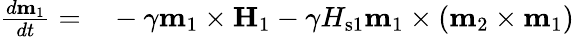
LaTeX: \begin{array}{rl}{\frac{d\mathbf{m}_{1}}{dt}=}&{{}-\gamma\mathbf{m}_{1}\times\mathbf{H}_{1}-\gamma H_{\mathrm{s}1}\mathbf{m}_{1}\times\left(\mathbf{m}_{2}\times\mathbf{m}_{1}\right)}\end{array}